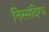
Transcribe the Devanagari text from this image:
निस्संदिग्ध